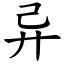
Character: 异